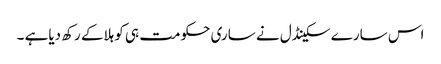
اس سارے سکینڈل نے ساری حکومت ہی کو ہلاکے رکھ دیاہے ۔